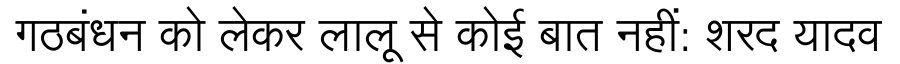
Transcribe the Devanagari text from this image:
गठबंधन को लेकर लालू से कोई बात नहीं: शरद यादव